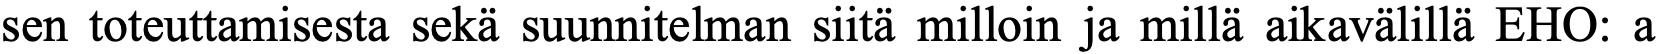
sen toteuttamisesta sekä suunnitelman siitä milloin ja millä aikavälillä EHO: a